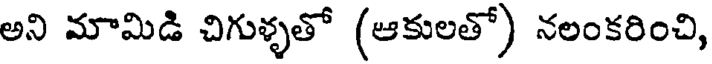
అని మామిడి చిగుళ్ళతో (ఆకులతో) నలంకరించి,